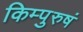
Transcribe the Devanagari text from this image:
किम्पुरुषं